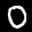
Label: 0